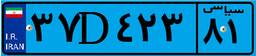
۳۷D۴۲۳۸۱